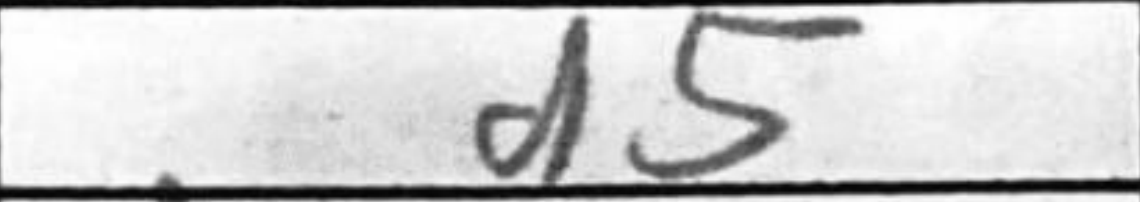
Transcription: d5